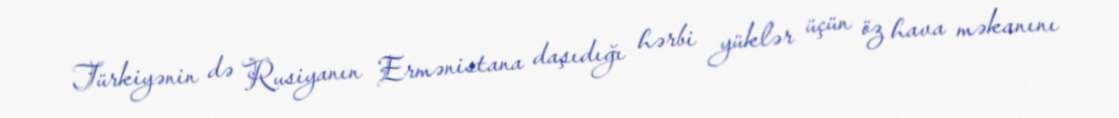
Türkiyənin də Rusiyanın Ermənistana daşıdığı hərbi yüklər üçün öz hava məkanını